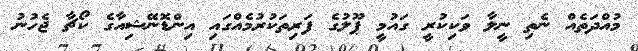
މުއްދަތެއް ނެތި ނީލާ ވަކިކުރީ ގައުމީ ޕޫލުގެ ފަރިތަކުރުމެއްގައި އިންޑޮނޭޝިއާގެ ކޯޗާ ޖެހުނު